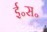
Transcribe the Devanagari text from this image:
ई॰स॰